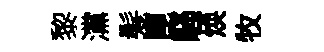
黎灙髮崑騷焕牧